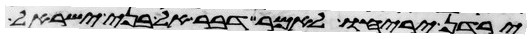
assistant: ירדן יריחו לאמר דבר אל בני ישראל